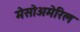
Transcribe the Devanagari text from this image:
मेसोअमेरिल